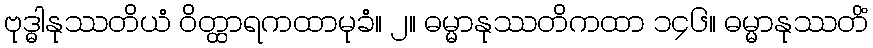
ဗုဒ္ဓါနုဿတိယံ ဝိတ္ထာရကထာမုခံ။ ၂။ ဓမ္မာနုဿတိကထာ ၁၄၆။ ဓမ္မာနုဿတိံ